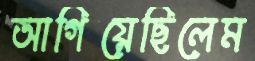
আগিয়েছিলেম